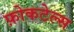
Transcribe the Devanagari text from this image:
फ़ोकटेल्स